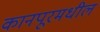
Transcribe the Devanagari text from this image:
कानपूरमधील